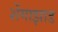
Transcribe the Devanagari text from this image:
शेंगाझाड